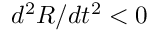
d ^ { 2 } R / d t ^ { 2 } < 0